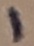
Text: 1